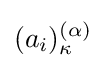
(a_{i})_{\kappa }^{(\alpha )}